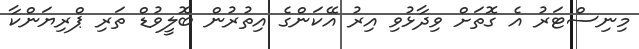
މިނިސްޓަރު އެ ގޮތަށް ވިދާޅުވި އިރު އޭކަންގެ އިތުރުން ބޮލީވުޑް ތަރި ޕްރިޔަންކާ